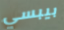
بيبسي